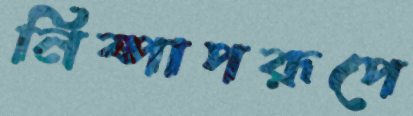
নিষ্পাপরূপে